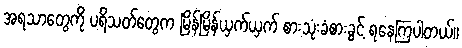
အရသာတွေကို ပရိသတ်တွေက မြိန်မြိန်ယှက်ယှက် စားသုံးခံစားခွင့် ရနေကြပါတယ်။